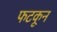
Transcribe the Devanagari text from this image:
फटकून